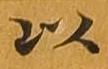
以